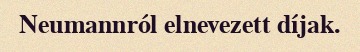
Neumannról elnevezett díjak.